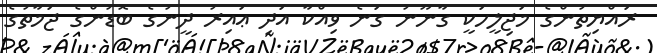
ރައްޔިތުންގެ މަޖިލީހަކީ ގާނޫނު ގަނެ ވިއްކާ އަދި ޢައިރު ދީނުގެ ބޮޑުންގެ ޖަމާތުގެ